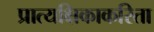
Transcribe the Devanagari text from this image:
प्रात्यक्षिकाकरिता